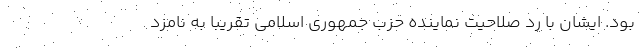
بود. ایشان با رد صلاحیت نماینده حزب جمهوری اسلامی تقریباً به ‌نامزد